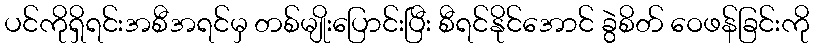
ပင်ကိုရှိရင်းအစီအရင်မှ တစ်မျိုးပြောင်းပြီး စီရင်နိုင်အောင် ခွဲစိတ် ဝေဖန်ခြင်းကို